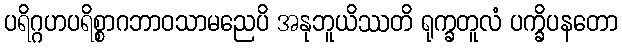
ပရိဂ္ဂဟပရိစ္စာဂဘာဝသာမညေပိ အနုဘူယိဿတိ ရုက္ခတူလံ ပက္ခိပနတော